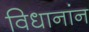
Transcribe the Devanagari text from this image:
विधानांन